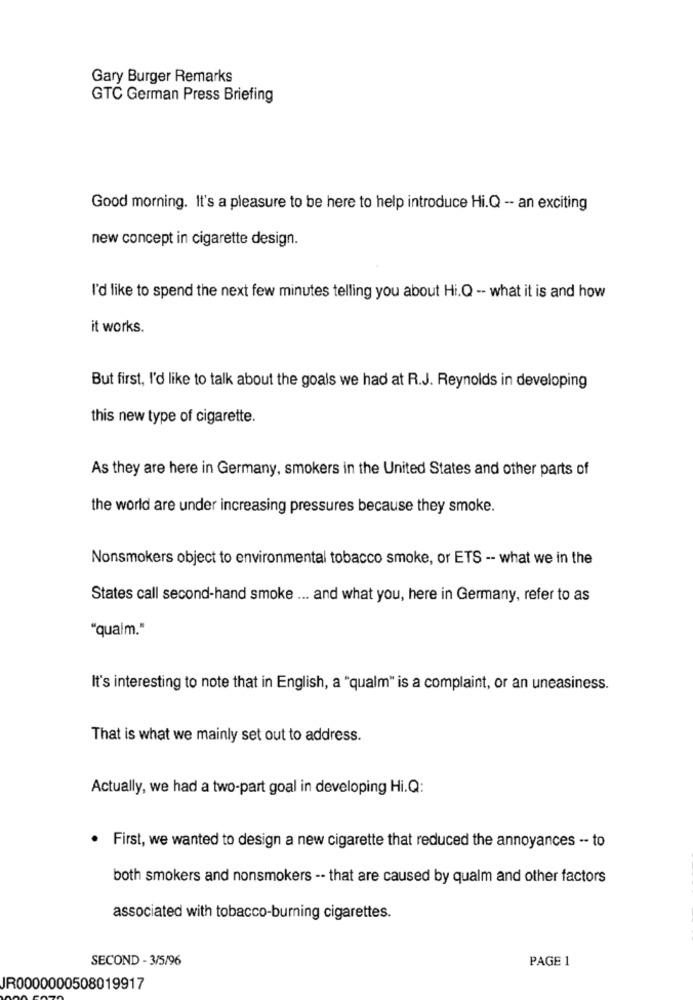
Gary Burger Remarks
GTC German Press Briefing
Good morning. It's a pleasure to be here to help introduce Hi.Q -- an exciting
new concept in cigarette design.
I'd like to spend the next few minutes telling you about Hi.Q -- what it is and how
it works.
But first, I'd like to talk about the goals we had at R.J. Reynolds in developing
this new type of cigarette.
As they are here in Germany, smokers in the United States and other parts of
the world are under increasing pressures because they smoke.
Nonsmokers object to environmental tobacco smoke, or ETS -- what we in the
States call second-hand smoke ... and what you, here in Germany, refer to as
"qualm."
It's interesting to note that in English, a "qualm" is a complaint, or an uneasiness.
That is what we mainly set out to address.
Actually, we had a two-part goal in developing Hi.Q:
. First, we wanted to design a new cigarette that reduced the annoyances -- to
both smokers and nonsmokers -- that are caused by qualm and other factors
associated with tobacco-burning cigarettes.
SECOND - 3/5/96
PAGE 1
JR0000000508019917